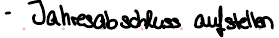
- Jahresabschluss aufstellen